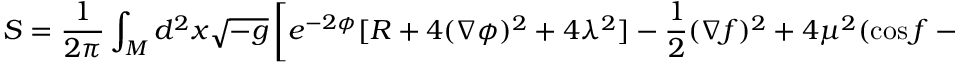
S = \frac { 1 } { 2 \pi } \int _ { M } d ^ { 2 } x \sqrt { - g } \left[ e ^ { - 2 \phi } [ R + 4 ( \nabla \phi ) ^ { 2 } + 4 \lambda ^ { 2 } ] - \frac { 1 } { 2 } ( \nabla f ) ^ { 2 } + 4 \mu ^ { 2 } ( \cos f - 1 ) e ^ { - 2 \phi } \right] ,